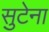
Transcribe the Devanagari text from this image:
सुटेना